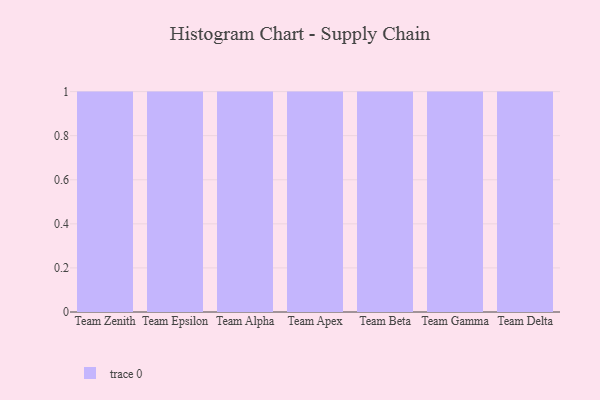
{"axis": {"x": "Team", "y": "Production Output"}, "legend": [""], "data": [{"x": "Team Zenith", "y": 79, "type": ""}, {"x": "Team Epsilon", "y": 62, "type": ""}, {"x": "Team Alpha", "y": 61, "type": ""}, {"x": "Team Apex", "y": 78, "type": ""}, {"x": "Team Beta", "y": 26, "type": ""}, {"x": "Team Gamma", "y": 75, "type": ""}, {"x": "Team Delta", "y": 4, "type": ""}]}